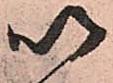
以